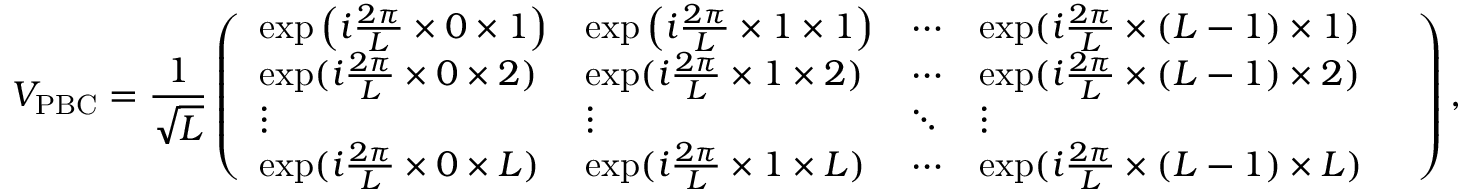
V _ { \mathrm { P B C } } = \frac { 1 } { \sqrt { L } } \left( \begin{array} { l l l l l } { \exp \left( i \frac { 2 \pi } { L } \times 0 \times 1 \right) } & { \exp \left( i \frac { 2 \pi } { L } \times 1 \times 1 \right) } & { \cdots } & { \exp ( i \frac { 2 \pi } { L } \times ( L - 1 ) \times 1 ) } & \\ { \exp ( i \frac { 2 \pi } { L } \times 0 \times 2 ) } & { \exp ( i \frac { 2 \pi } { L } \times 1 \times 2 ) } & { \cdots } & { \exp ( i \frac { 2 \pi } { L } \times ( L - 1 ) \times 2 ) } & \\ { \vdots } & { \vdots } & { \ddots } & { \vdots } & \\ { \exp ( i \frac { 2 \pi } { L } \times 0 \times L ) } & { \exp ( i \frac { 2 \pi } { L } \times 1 \times L ) } & { \cdots } & { \exp ( i \frac { 2 \pi } { L } \times ( L - 1 ) \times L ) } & \end{array} \right) ,